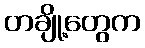
တချို့တွေက